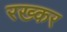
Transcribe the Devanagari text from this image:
रख्कर